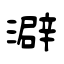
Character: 澼